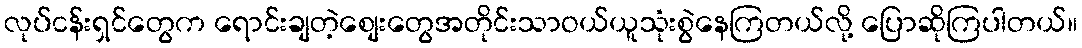
လုပ်ငန်းရှင်တွေက ရောင်းချတဲ့စျေးတွေအတိုင်းသာဝယ်ယူသုံးစွဲနေကြတယ်လို့ ပြောဆိုကြပါတယ်။